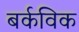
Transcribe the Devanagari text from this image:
बर्कविक